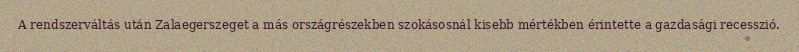
A rendszerváltás után Zalaegerszeget a más országrészekben szokásosnál kisebb mértékben érintette a gazdasági recesszió.